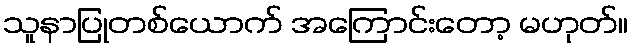
သူနာပြုတစ်ယောက် အကြောင်းတော့ မဟုတ်။